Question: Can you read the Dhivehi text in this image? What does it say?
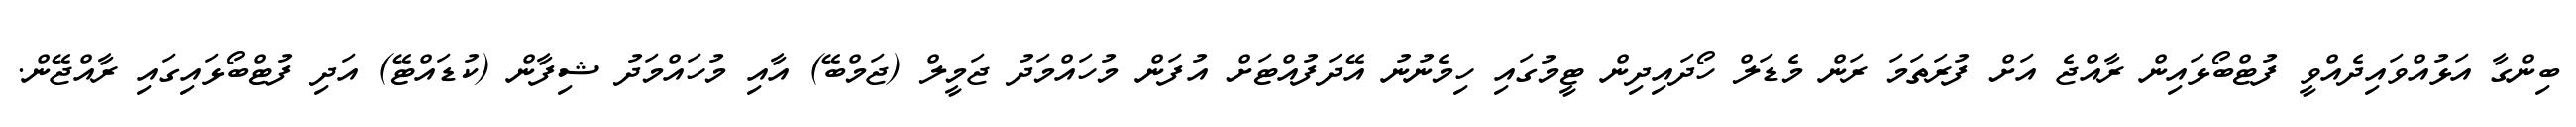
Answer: ބިންގާ އަޅުއްވައިދެއްވީ ފުޓްބޯޅައިން ރާއްޖެ އަށް ފުރަތަމަ ރަން މެޑަލް ހޯދައިދިން ޓީމުގައި ހިމެނުނު އޭދަފުއްޓަށް އުފަން މުހައްމަދު ޖަމީލް (ޖަމްބޭ) އާއި މުހައްމަދު ޝިފާން (ކުޑައްޓޭ) އަދި ފުޓްބޯޅައިގައި ރާއްޖޭން.